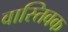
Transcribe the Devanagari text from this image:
वास्‍तिवक